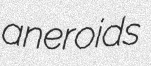
aneroids